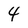
Character: 4